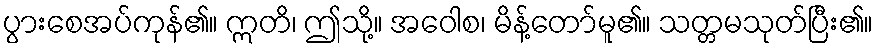
ပွားစေအပ်ကုန်၏။ ဣတိ၊ ဤသို့။ အဝေါစ၊ မိန့်တော်မူ၏။ သတ္တမသုတ်ပြီး၏။